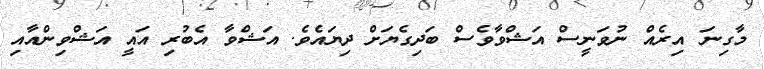
މާގިނަ އިރެއް ނުވަނީސް އަޝްވާވެސް ބަދިގެޔަށް ދިޔައެވެ. އަޝްވާ އެބުރި އައީ އަޝްވިންއާއި